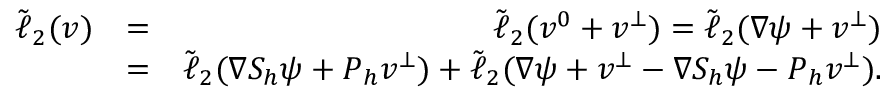
\begin{array} { r l r } { \tilde { \ell } _ { 2 } ( \boldsymbol { v } ) } & { = } & { \tilde { \ell } _ { 2 } ( \boldsymbol { v } ^ { 0 } + \boldsymbol { v } ^ { \bot } ) = \tilde { \ell } _ { 2 } ( \nabla \psi + \boldsymbol { v } ^ { \bot } ) } \\ & { = } & { \tilde { \ell } _ { 2 } ( \nabla S _ { h } \psi + \boldsymbol { P } _ { h } \boldsymbol { v } ^ { \bot } ) + \tilde { \ell } _ { 2 } ( \nabla \psi + \boldsymbol { v } ^ { \bot } - \nabla S _ { h } \psi - \boldsymbol { P } _ { h } \boldsymbol { v } ^ { \bot } ) . } \end{array}